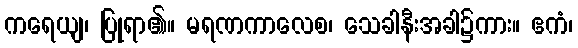
ကရေယျ၊ ပြုရာ၏။ မရဏကာလေစ၊ သေခါနီးအခါ၌ကား။ ဧကံ၊